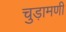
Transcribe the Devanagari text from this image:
चुड़ामणी